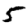
Digit: 5